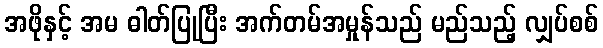
အဖိုနှင့် အမ ဓါတ်ပြုပြီး အက်တမ်အမှုန်သည် မည်သည့် လျှပ်စစ်